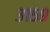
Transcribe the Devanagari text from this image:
३१५९